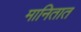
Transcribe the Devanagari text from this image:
मानितात